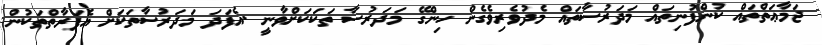
ޖަމާޢަތްތައް ކުންފުނިތައް މަދަރުސާތައް މެދުވެރިވެގެން ހިންގޭ މަދަރުސާ ތަކަކަށްވާނީ .އެފަދަ މަދަރުސާތަކަށް އެފަރާތްތަކުން